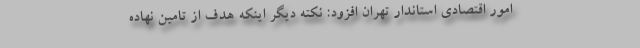
امور اقتصادی استاندار تهران افزود: نکته دیگر اینکه هدف از تامین نهاده